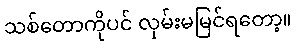
သစ်တောကိုပင် လှမ်းမမြင်ရတော့။